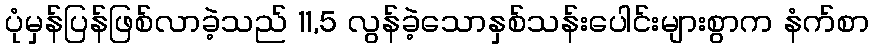
ပုံမှန်ပြန်ဖြစ်လာခဲ့သည် 11,5 လွန်ခဲ့သောနှစ်သန်းပေါင်းများစွာက နံက်စာ